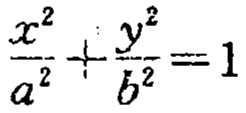
$\frac{x^{2}}{a^{2}}+\frac{y^{2}}{b^{2}}=1$